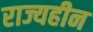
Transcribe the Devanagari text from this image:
राज्यहीन